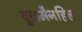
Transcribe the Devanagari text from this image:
वुलमैनहिल